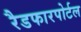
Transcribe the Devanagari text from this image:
रैडफारपोर्टल